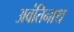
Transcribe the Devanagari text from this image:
अवंतिनाथ